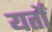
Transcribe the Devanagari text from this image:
यर्तों